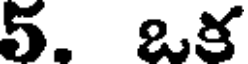
5. ఒక